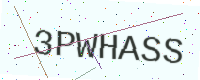
Text: 3PWHASS